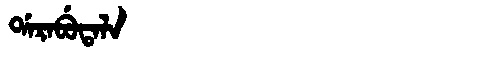
Manchu: ᡩᠠᡵᠠᠪᡠᡨᠠᠯᠠ
Romanization: DARABUTALA